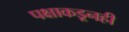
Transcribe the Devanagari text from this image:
पक्षाकडूनही